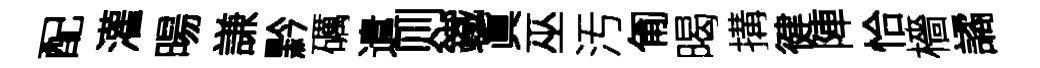
配灌暘謙黔礪遣则鐵眞巫汚匍暍搆徤陣恰檣譎